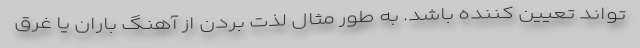
‌تواند تعیین کننده باشد. به طور مثال لذت بردن از آهنگ باران یا غرق